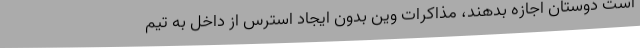
است دوستان اجازه بدهند، مذاکرات وین بدون ایجاد استرس از داخل به تیم